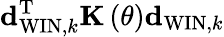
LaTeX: {\mathbf d}_{\mathrm{WIN},k}^{\mathrm{T}}{\mathbf K}\left(\theta\right){\mathbf d}_{\mathrm{WIN},k}